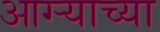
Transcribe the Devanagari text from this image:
आग्‍र्‍याच्या